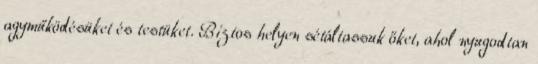
agyműködésüket és testüket. Biztos helyen sétáltassuk őket, ahol nyugodtan